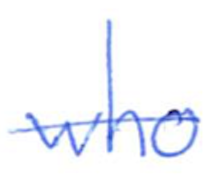
Text: who
Cross-out: single-line
Writing tool: ballpoint